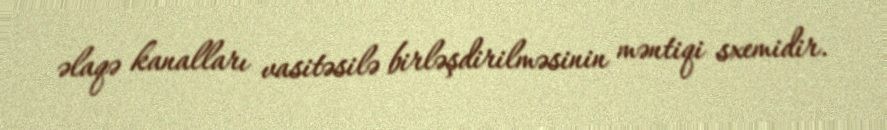
əlaqə kanalları vasitəsilə birləşdirilməsinin məntiqi sxemidir.